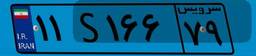
۱۱S۱۶۶۷۹